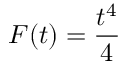
F ( t ) = { \frac { t ^ { 4 } } { 4 } }